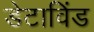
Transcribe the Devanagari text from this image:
डेटाविंड